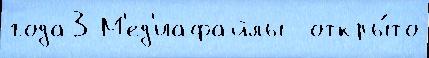
года3 М'ед'иафайлы  откры́то